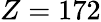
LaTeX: Z=172